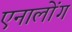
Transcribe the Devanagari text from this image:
एनालोंग